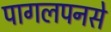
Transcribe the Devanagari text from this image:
पागलपनसे